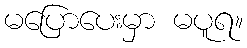
မပြောပေးမှာ မပူရ။